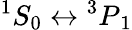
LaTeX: ^1S_{0}\leftrightarrow{^3P}_{1}